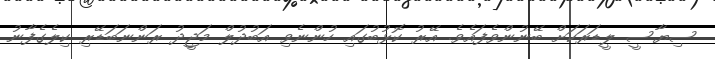
ސިޔާސީ ލީޑަރަކަށް ބޭނުންވެފައެވެ. އޭރު ކޮޅުބުގައި ހުންނެވި އަބުދުލް މަޖީދު ރަންނަބަޑޭރި ކިލެގެފާނު